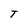
Character: T